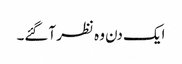
ایک دن وہ نظر آگئے۔